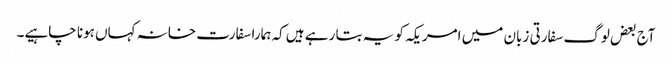
آج بعض لوگ سفارتی زبان میں امریکہ کو یہ بتا رہے ہیں کہ ہمارا سفارت خانہ کہاں ہونا چاہیے۔